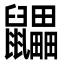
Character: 鼺